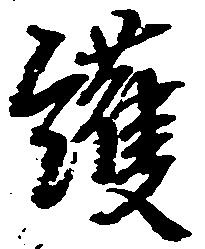
護